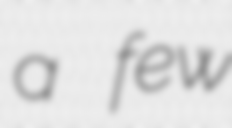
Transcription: a few